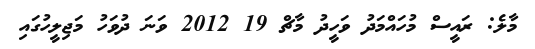
މާލެ: ރައީސް މުހައްމަދު ވަހީދު މާޗް 19 2012 ވަނަ ދުވަހު މަޖިލީހުގައި